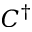
C ^ { \dagger }